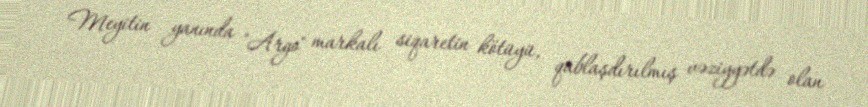
Meyitin yanında "Argo" markalı siqaretin kötüyü, qablaşdırılmış vəziyyətdə olan